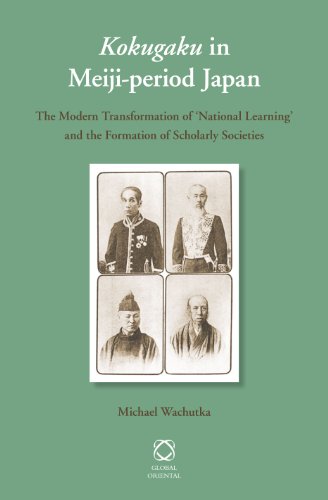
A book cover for Kokugaku  in Meiji-period Japan: The Modern Transformation of 'National Learning' and the Formation of Scholarly Societies; Michael Wachutka; Religion & Spirituality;